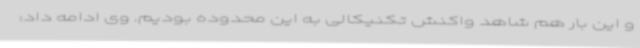
و این بار هم شاهد واکنش تکنیکالی به این محدوده بودیم. وی ادامه داد: